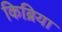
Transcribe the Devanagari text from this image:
किब्रिया